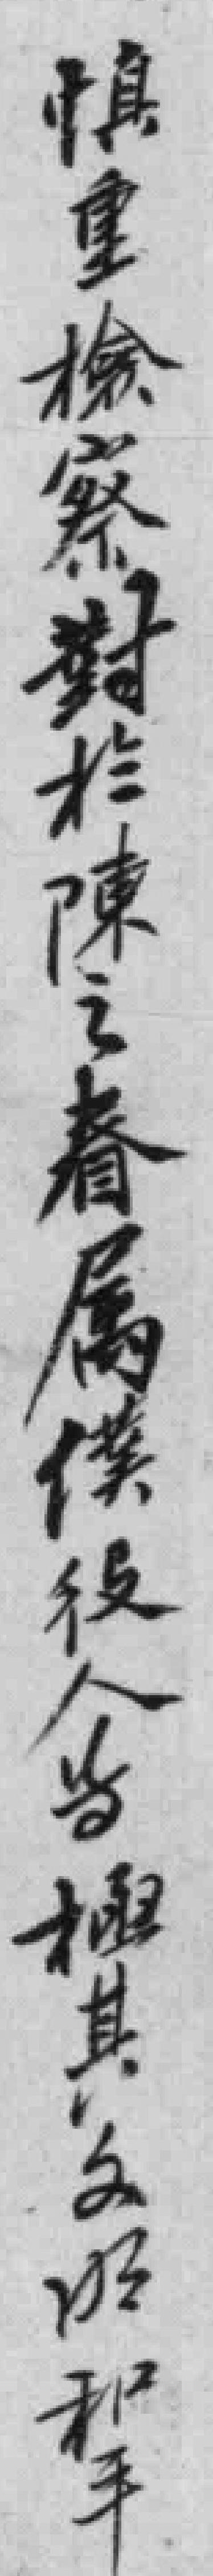
慎重檢察對於陳之眷属僕役人等極其文明和平